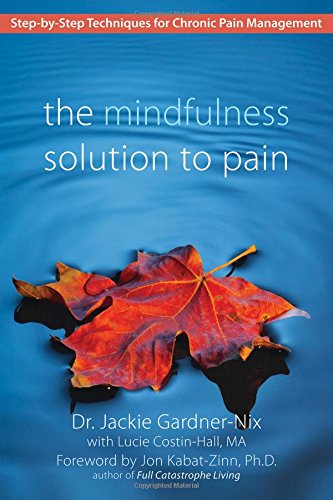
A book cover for The Mindfulness Solution to Pain: Step-by-Step Techniques for Chronic Pain Management; Jackie Gardner-Nix; Health, Fitness & Dieting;